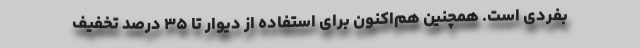
بفردی است. همچنین هم‌اکنون برای استفاده از دیوار تا ۳۵ درصد تخفیف